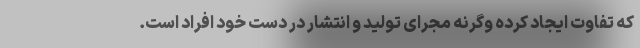
که تفاوت ایجاد کرده وگرنه مجرای تولید و انتشار در دست خود افراد است.